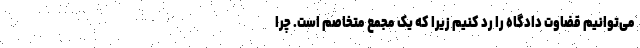
می‌توانیم قضاوت دادگاه را رد کنیم زیرا که یک مجمع متخاصم است. چرا